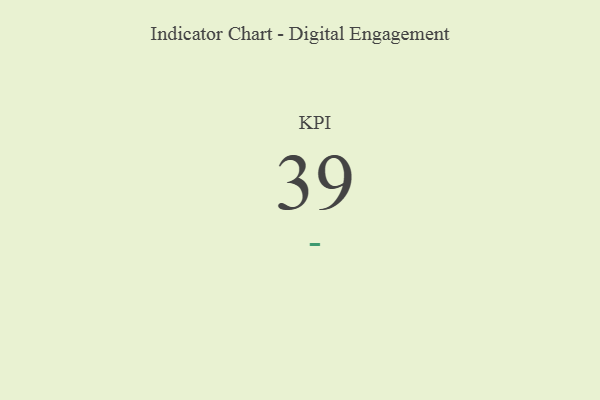
{"axis": {"x": "KPI", "y": "Value"}, "legend": [""], "data": [{"x": "KPI", "y": 39, "type": ""}]}